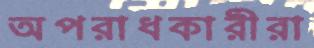
অপরাধকারীরা